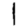
Digit: 1